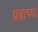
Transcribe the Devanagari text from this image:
ब्रह्राच्या